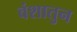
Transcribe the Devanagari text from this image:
वंशातुन